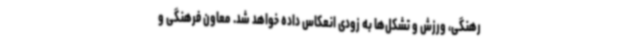
رهنگی، ورزش و تشکل‌ها به زودی انعکاس داده خواهد شد. معاون فرهنگی و